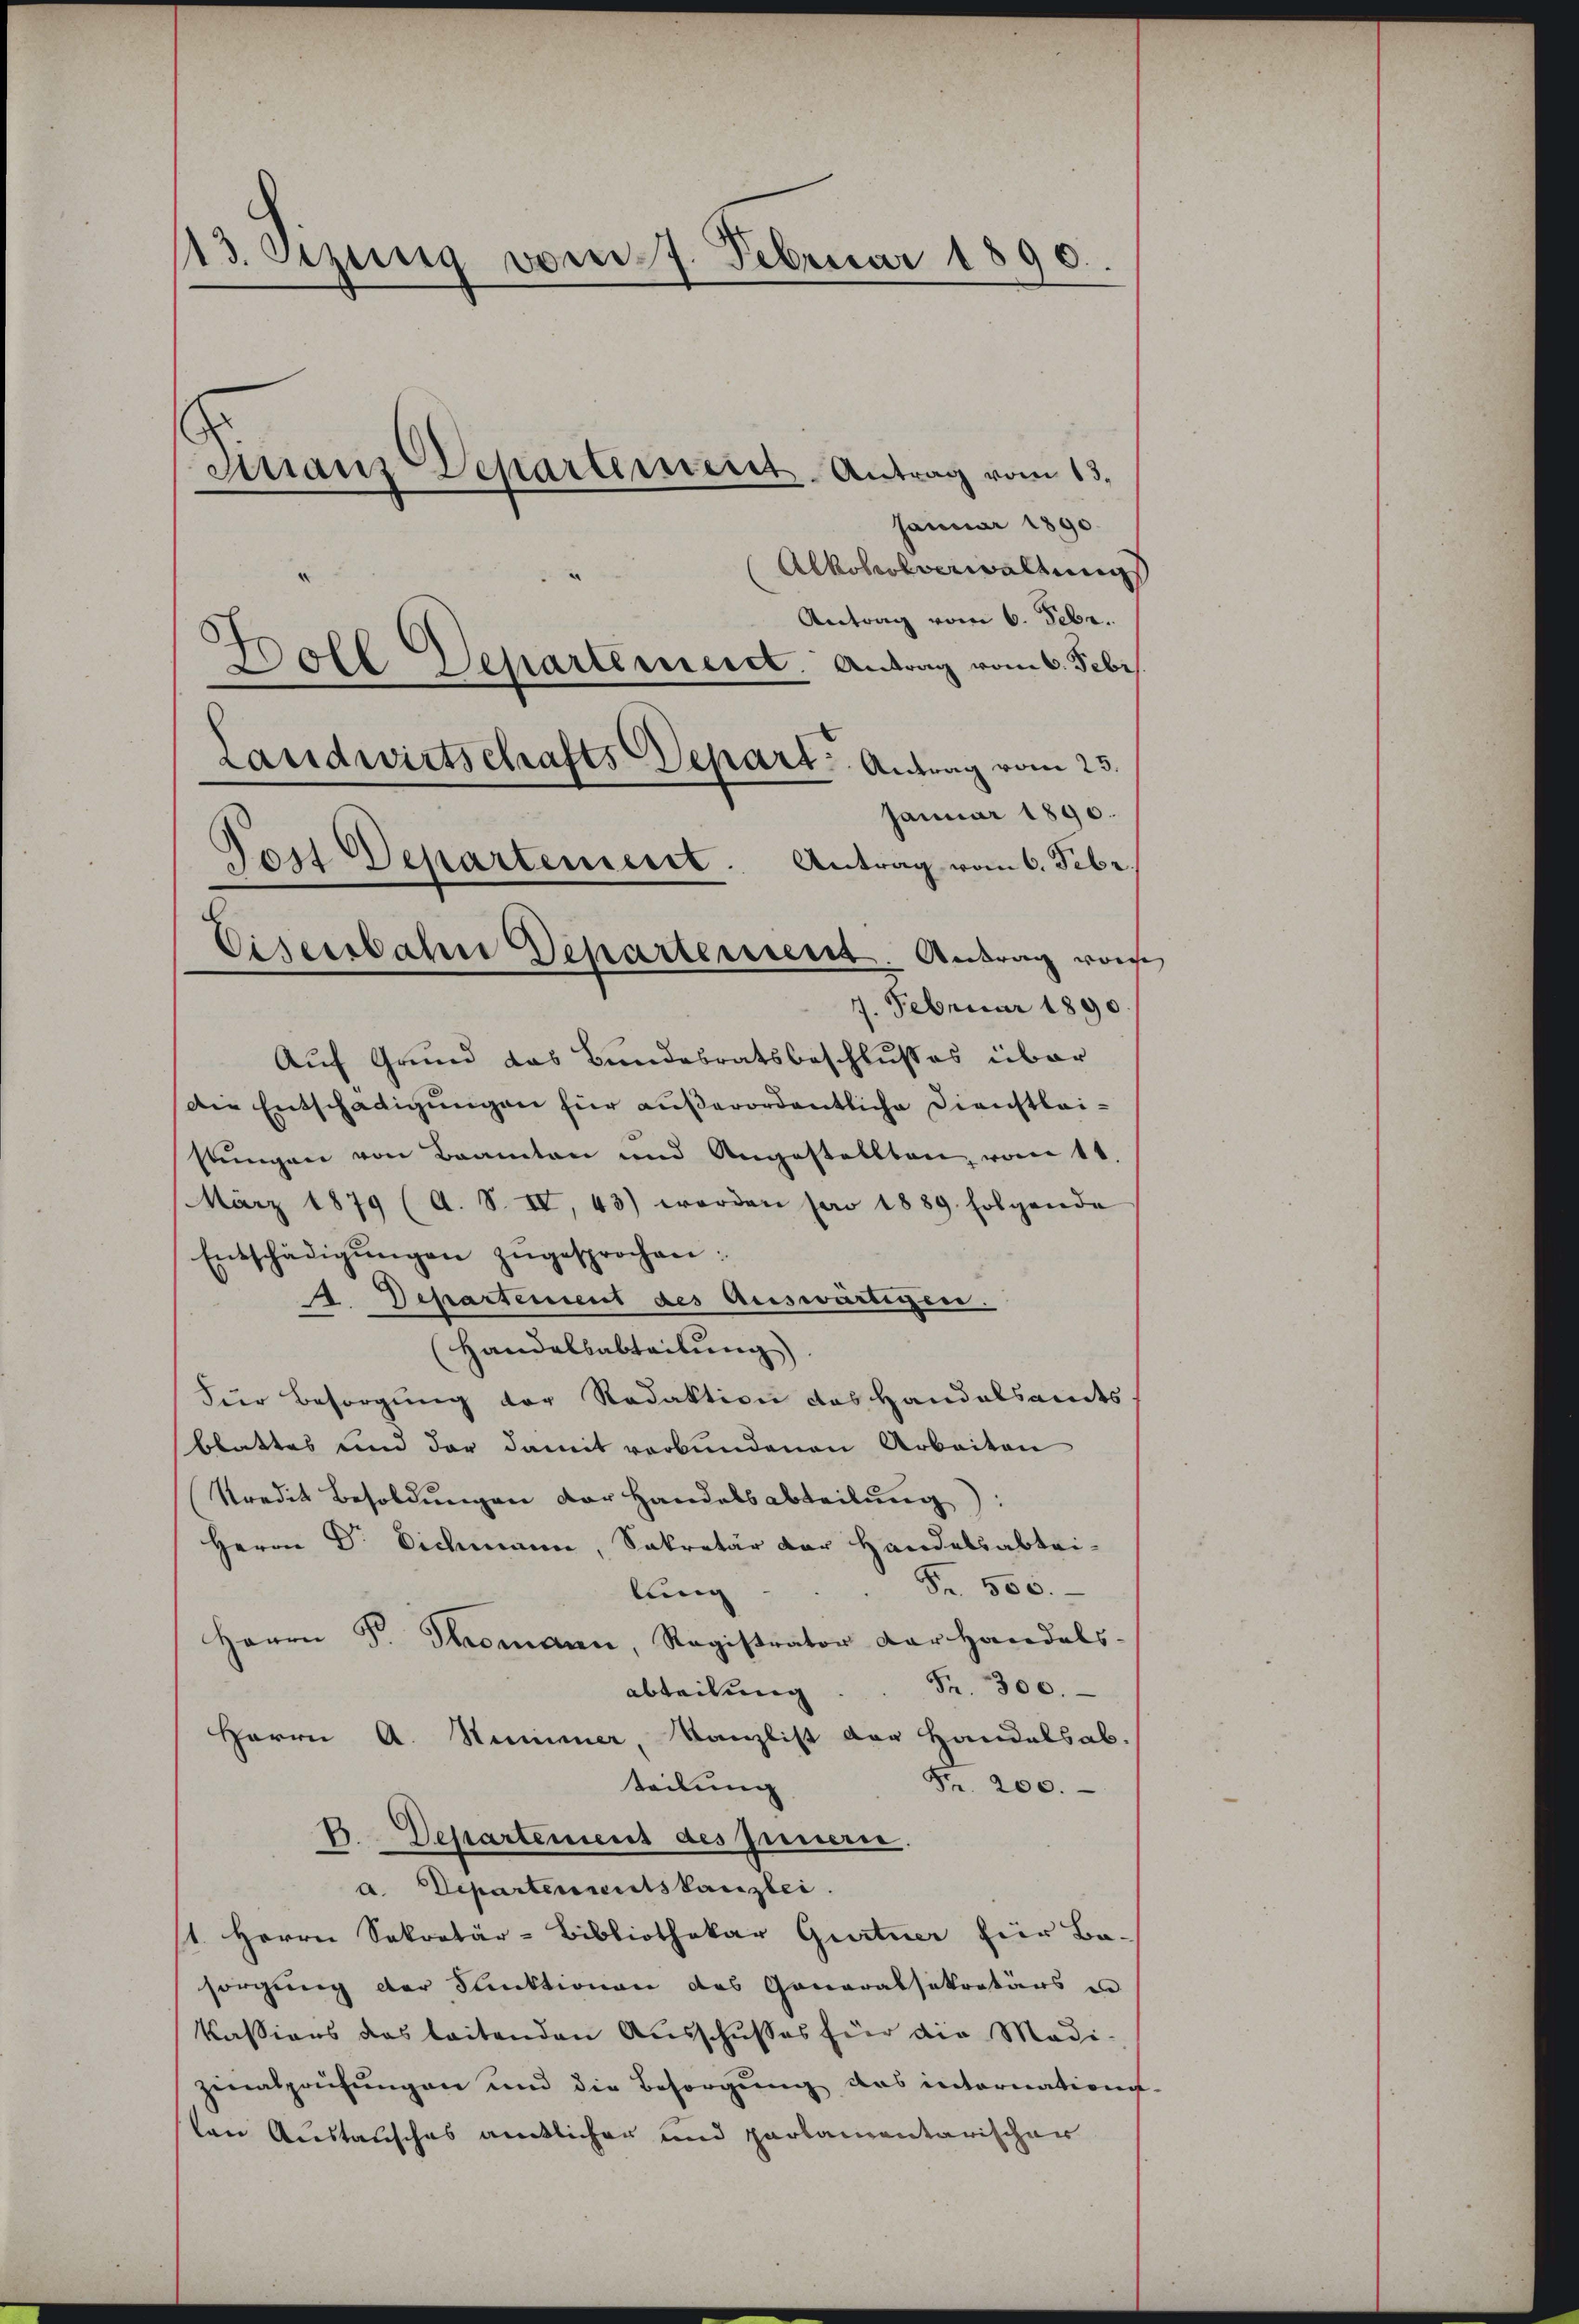
13. Seinig vom 7. Februar 1890.
Finanz Departement. Antrag vom 13.
Januar 1890.
Alkoholverwaltungs

Landwirtschafts Depart. Antrag vom 23.
Tois Departement. Antrag vom 6. Febr.
Eisenbahn Departement. Antrag vors

Antrag vom 6. Febr.
Boll Departemeist. Antrag vom 6. Febr
Januar 1890.
7. Februar 1890.
Auf Grund das Bundesratsbeschlusses über
Die Entschädigungen für außerordentliche Dienstleistungen von Beamten und Angestellten vom 11.
März 1879 (A. S. IV, 43) worden par 1889 folgende
Entschädigŭngen zŭgesprochen:
42. Departement des Auswärtigen.
(Handelsabteilung)
Für Besorgung der Redaktion das Handelsamts-
blattes und der damit verbundenen Arbeiten
Kredit Besoldungen der Handelsabteilung:
Herrn Dr. Eichmann, Sekretär der Handelsabtei-
Fr. 500.
lung
Herrn Fr. Thomann, Ragistrator der Handels-
Fr. 300.
abteilung
Herrn A. Stummer, Kanzlist der Handelsab.
Fr. 200.
teilung
B. Departement des Innern.
a. Departenmutskanzlei.
1. Herrn Sekretär-Bibliothekar Gurtner für Ba-
sorgung der Funktionen des Generalsekretärs in
Kassions das leitenden Ausschußes für die Modi-
zinalprüfungen und die Besorgung das internatione.
en Austausches rücklichen und parlamentarischen